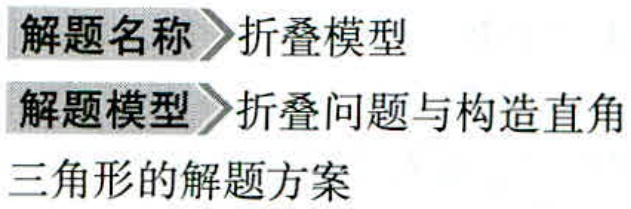
\[

AN^{2}=\frac{1}{2}(AB^{2}+AC^{2})-\frac{1}{4}BC^{2}=\frac{17}{4}

\]